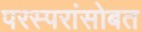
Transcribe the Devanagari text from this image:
परस्परांसोबत